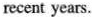
recent years.